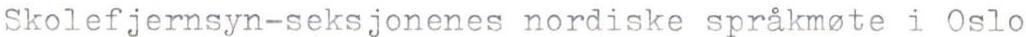
Skolefjernsyn-seksjonenes nordiske språkmote i Oslo